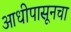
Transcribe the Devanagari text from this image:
आधीपासूनचा